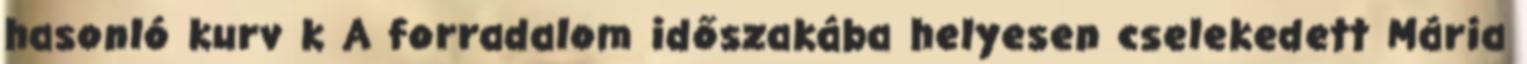
hasonló kurv k A forradalom időszakába helyesen cselekedett Mária